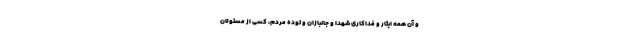
و آن همه ایثار و فداکاری شهدا و جانبازان و توده مردم، کسی از مسئولان